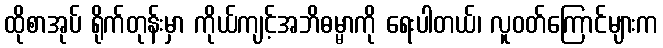
ထိုစာအုပ် ရိုက်တုန်းမှာ ကိုယ်ကျင့်အဘိဓမ္မာကို ရေးပါတယ်၊ လူဝတ်ကြောင်များက